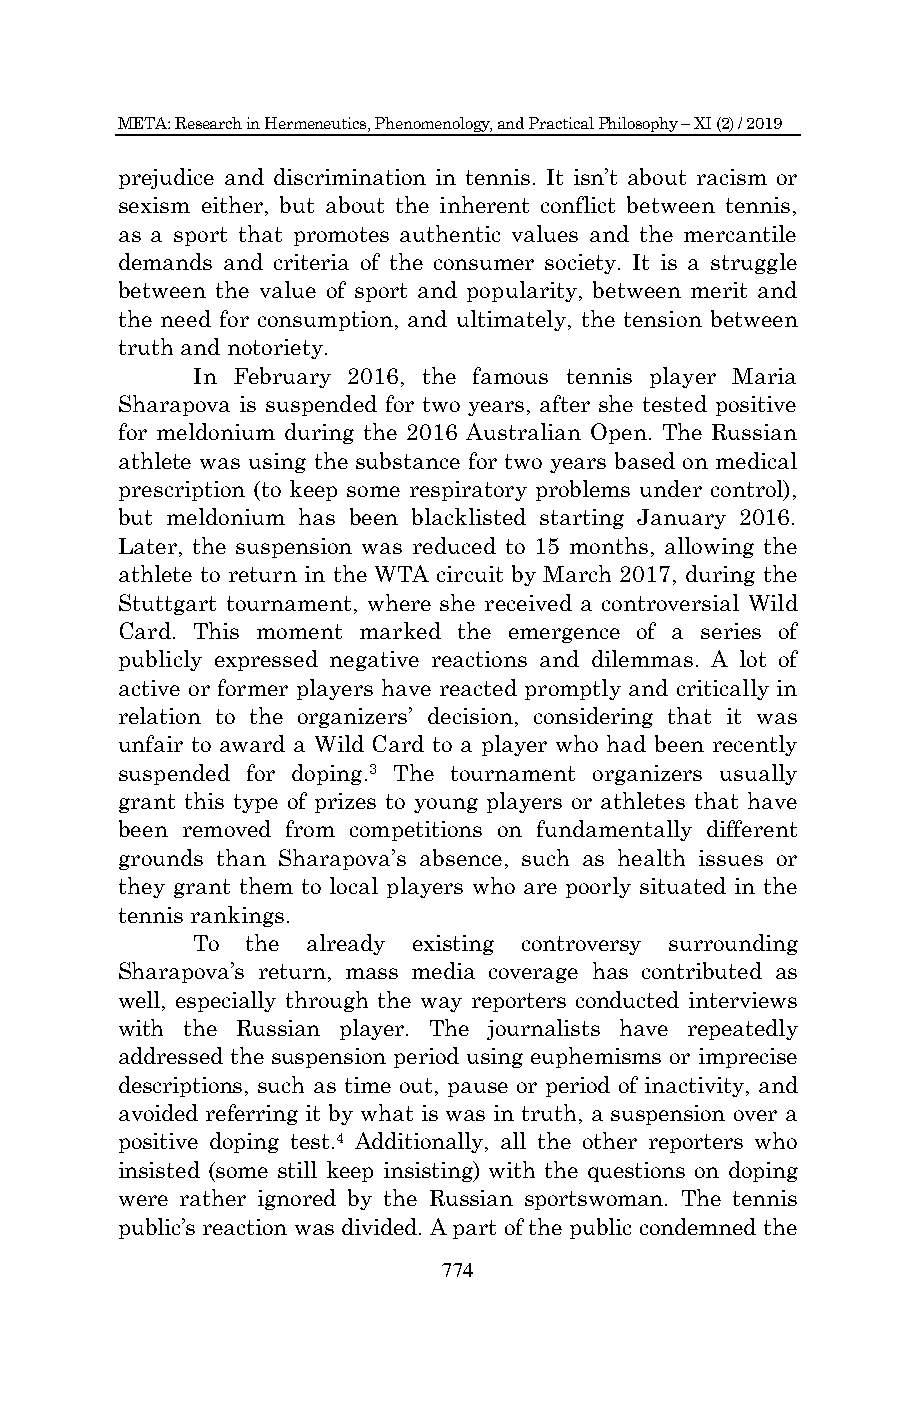
META: Research in Hermeneutics, Phenomenology, and Practical Philosophy – XI (2) / 2019
 prejudice and discrimination in tennis. It isn‟t about racism or
 sexism either, but about the inherent conflict between tennis,
 as a sport that promotes authentic values and the mercantile
 demands and criteria of the consumer society. It is a struggle
 between the value of sport and popularity, between merit and
 the need for consumption, and ultimately, the tension between
 truth and notoriety.
 In February 2016, the famous tennis player Maria
 Sharapova is suspended for two years, after she tested positive
 for meldonium during the 2016 Australian Open. The Russian
 athlete was using the substance for two years based on medical
 prescription (to keep some respiratory problems under control),
 but meldonium has been blacklisted starting January 2016.
 Later, the suspension was reduced to 15 months, allowing the
 athlete to return in the WTA circuit by March 2017, during the
 Stuttgart tournament, where she received a controversial Wild
 Card. This moment marked the emergence of a series of
 publicly expressed negative reactions and dilemmas. A lot of
 active or former players have reacted promptly and critically in
 relation to the organizers‟ decision, considering that it was
 unfair to award a Wild Card to a player who had been recently
 suspended for doping.3 The tournament organizers usually
 grant this type of prizes to young players or athletes that have
 been removed from competitions on fundamentally different
 grounds than Sharapova‟s absence, such as health issues or
 they grant them to local players who are poorly situated in the
 tennis rankings.
 To the already existing controversy surrounding
 Sharapova‟s return, mass media coverage has contributed as
 well, especially through the way reporters conducted interviews
 with the Russian player. The journalists have repeatedly
 addressed the suspension period using euphemisms or imprecise
 descriptions, such as time out, pause or period of inactivity, and
 avoided referring it by what is was in truth, a suspension over a
 positive doping test.4 Additionally, all the other reporters who
 insisted (some still keep insisting) with the questions on doping
 were rather ignored by the Russian sportswoman. The tennis
 public‟s reaction was divided. A part of the public condemned the
 774